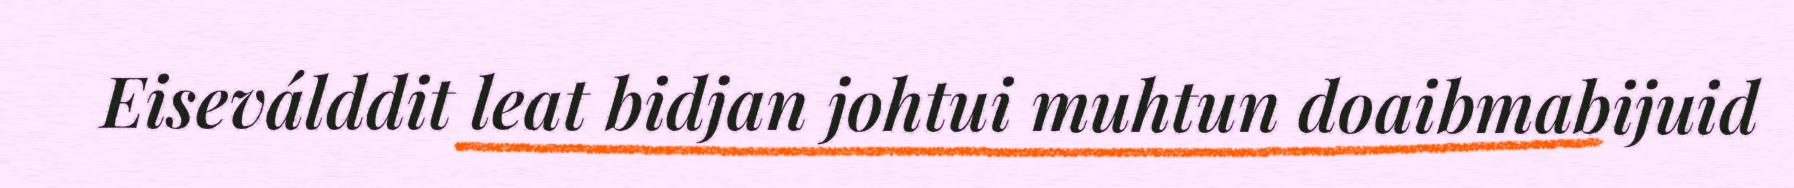
Eiseválddit leat bidjan johtui muhtun doaibmabijuid